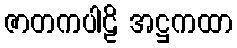
ဇာတကပါဠိ အဋ္ဌကထာ